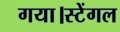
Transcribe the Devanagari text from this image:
गया।स्टेंगल